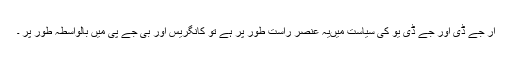
آر جے ڈی اور جے ڈی یو کی سیاست میںیہ عنصر راست طور پر ہے تو کانگریس اور بی جے پی میں بالواسطہ طور پر ۔